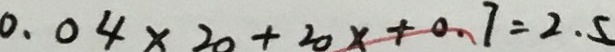
0 . 0 4 \times 2 0 + 2 0 x + 0 . 7 = 2 . 5